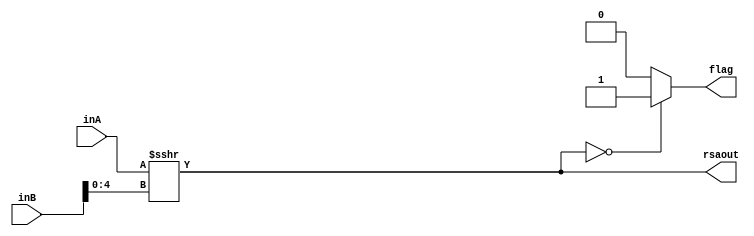
`timescale 1ns / 1ps
//////////////////////////////////////////////////////////////////////////////////
// Company: 
// Engineer: 
// 
// Design Name: 
// Module Name: RSA
// Project Name: 
// Target Devices: 
// Tool Versions: 
// Description: 
// 
// Dependencies: 
// 
// Revision:
// Revision 0.01 - File Created
// Additional Comments:
// 
//////////////////////////////////////////////////////////////////////////////////


module RSA(inA, inB, rsaout, flag);
    input [31:0] inA;
    input [31:0] inB;
    output reg [31:0] rsaout;
    output reg flag;
    
    always@(*) begin
        rsaout = $signed(inA)>>>inB[4:0];
        if(rsaout==0)
            flag = 1;
        else
            flag = 0;
    end
endmodule